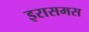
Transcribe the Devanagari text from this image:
इरासमस